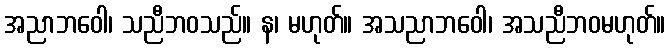
အညာဘဝေါ၊ သညီဘဝသည်။ န၊ မဟုတ်။ အသညာဘဝေါ၊ အသညီဘဝမဟုတ်။